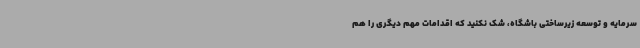
سرمایه و توسعه زیرساختی باشگاه، شک نکنید که اقدامات مهم دیگری را هم